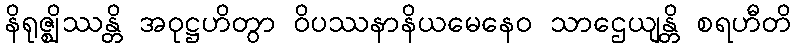
နိရုဇ္ဈိဿန္တိ အဝုဋ္ဌဟိတွာ ဝိပဿနာနိယမေနေဝ သာဌေယျန္တိ စရဟီတိ